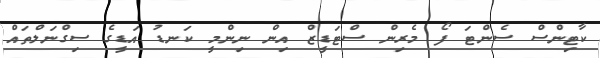
ކާޓިންސް ސެންޓަ ފޯ މެރިން ސްޓަޑީޒް އިން ނިންމީ ކަނޑު އަޑީގެ ސިގްނަލްތައް